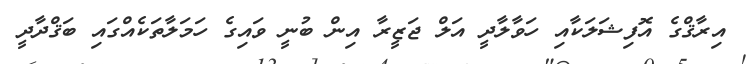
އިރާޤްގެ އޮފިޝަލަކާއި ހަވާލާދީ އަލް ޖަޒީރާ އިން ބުނީ ވައިގެ ހަމަލާތަކެއްގައި ބަޤްދާދީ